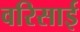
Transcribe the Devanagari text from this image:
वरिसाई